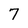
Character: 7